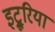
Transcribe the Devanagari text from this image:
इट्रूरिया